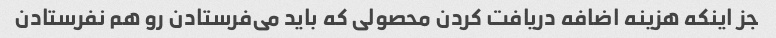
جز اینکه هزینه اضافه دریافت کردن محصولی که باید می‌فرستادن رو هم نفرستادن